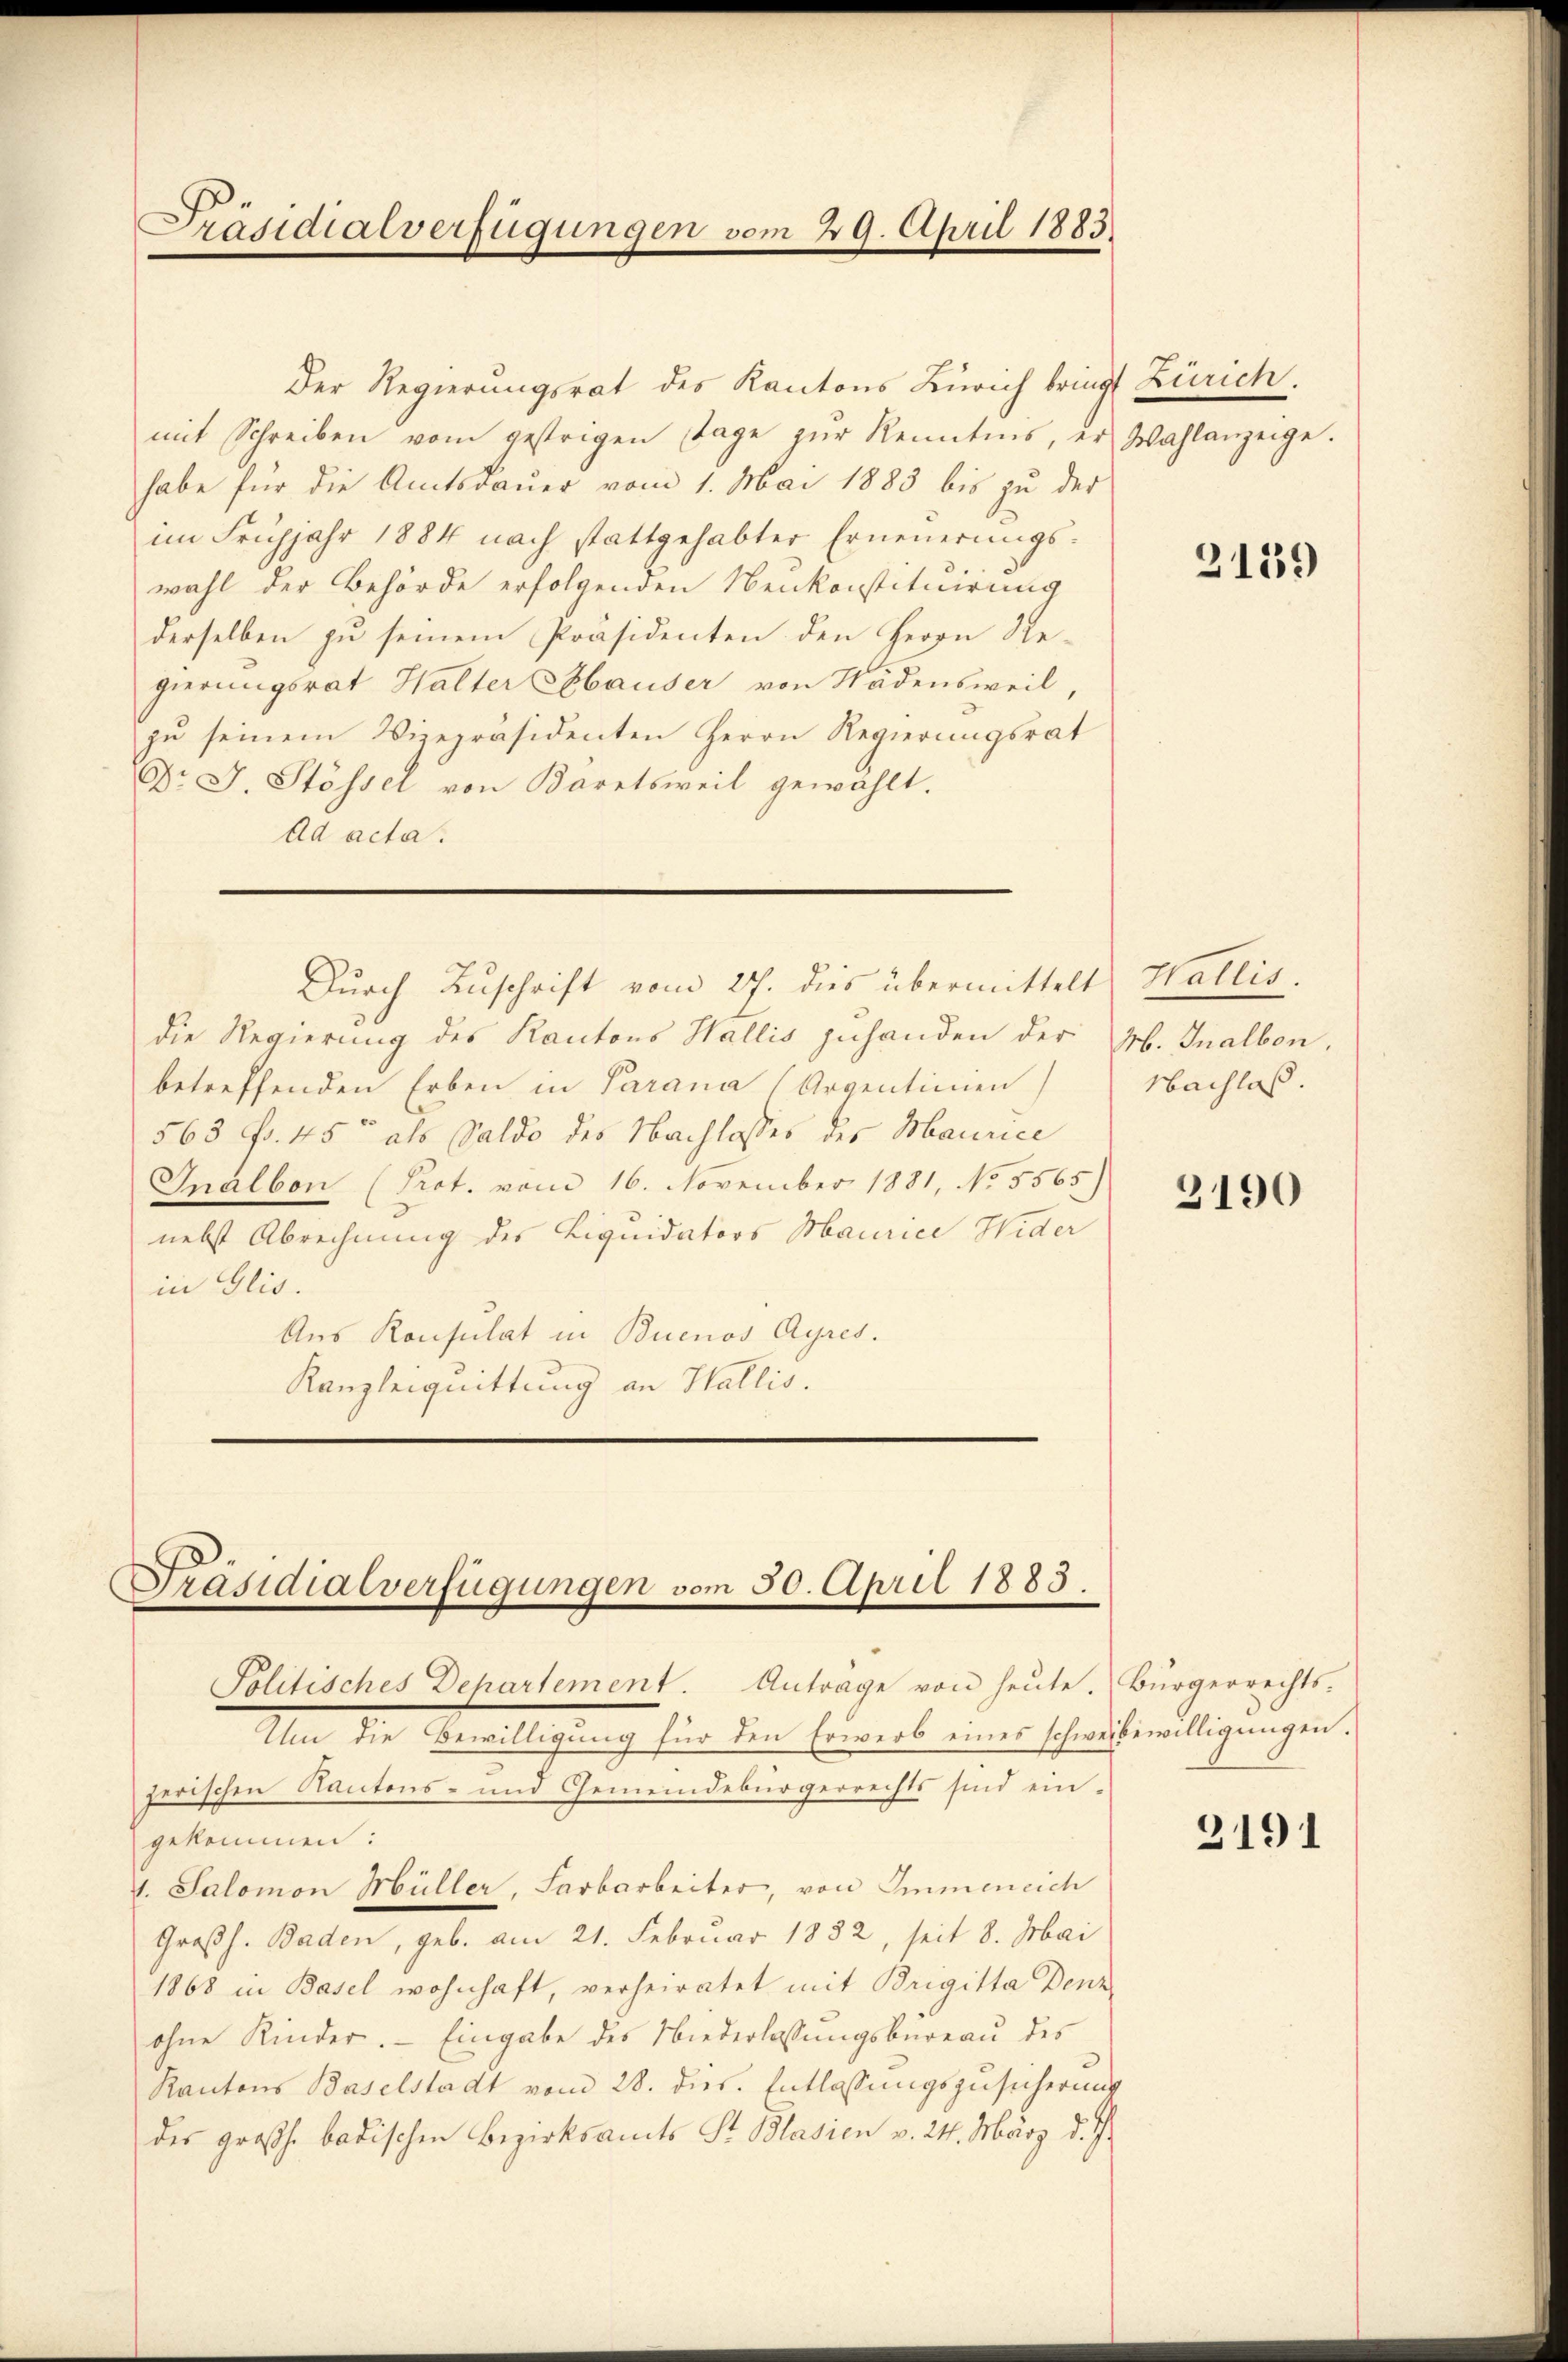
Präsidialverfügungen vom 29. April 1883.

Der Regierungsrat des Kantons Zürich bringt Zürich.
mit Schreiben vom gestrigen Tage zŭr Kenntnis, er Wahlanzeige.
habe für die Amtsdauer vom 1. Mai 1883 bis zu der
im Frühjahr 1884 nach stattgehabter Erneŭerŭngs-
wahl der Behörde erfolgenden Nenkonstituirung
derselben zu seinem Präsidenten den Herrn Regierungsrat Halter Abbauser von Städensweil,
zu seinem Vizepräsidenten Herrn Regierungsrat
Dr J. Stössel von Bäretsweil gewählt.
Ad acta.
Durch Zuschrift vom 27. dies übermittelt Wallis.
die Regierung des Kantons Wallis zuhanden der H. Inalbon.
betreffenden Erben in Parana (Argentimen
563 fr. 45 als Saldo des Nachlosses des Maurice
Inalbon (Prot. vom 16. November 1881, No 5565)
nebst Abrechnung des Liquidators Maurice Wider
in Glis.
Aus Konsulat in Buenos Ayres.
Kanzleiquittung an Wallis.

Präsidialverfügungen vom 30. April 1883.
Politisches Departement. Antrage von heute. Bürgerrechts-
Um die Bewilligung für den Erwerb eines schweibewilligungen.
zerischen Kantons- und Gemeindebürgerrechts sind ein-

gekommen:
. Salomon Müller, Farbarbeiter, von Immeneich
Großh. Baden, geb. am 21. Februar 1882, seit 8. Mai
1868 in Basel wohnhaft, verheiratet mit Brigitta Denz
ohne Kinder. Eingabe des Niederlassungsbureau des
Kantons Baselstadt vom 28. dies. Entlassungszusicherung
der großh. badischen Bezirksamts St. Blasien v. 24. März d. J.

2139

Nachlaß.

3190

3191